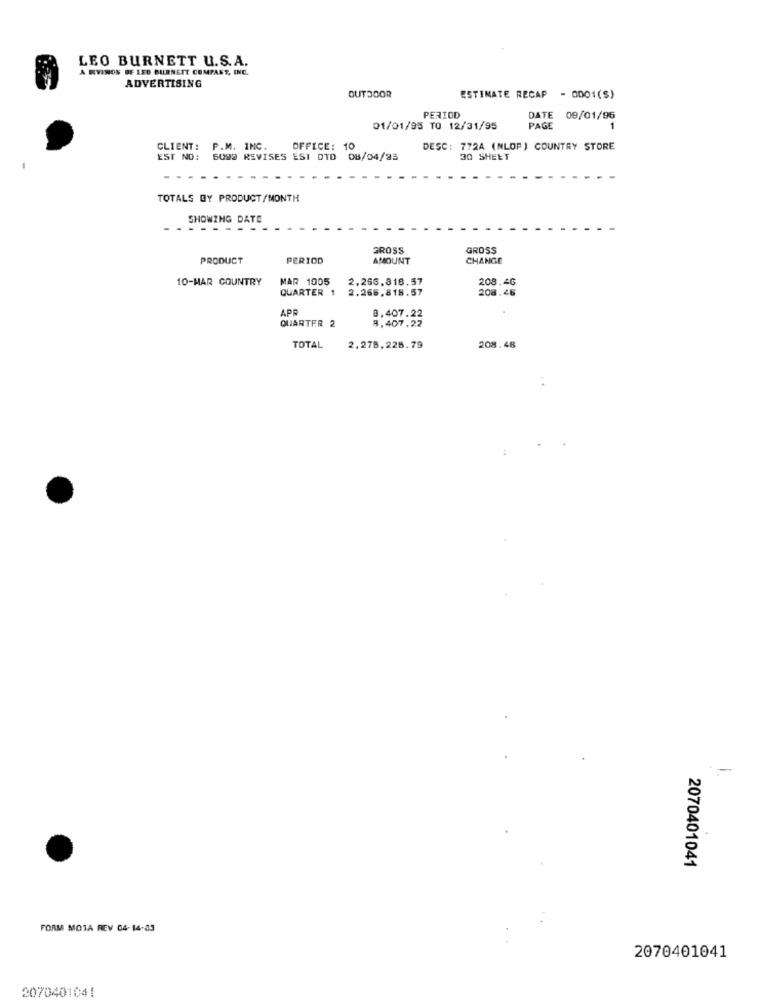
LEO BURNETT U.S.A.
A KVINON DE 150 BURNETT COMPANY, INC.
ADVERTISING
OUTDOOR
ESTIMATE RECAP
- 0001(S)
PERIOD
E 09/01/96
01/01/95 TO 12/31/95
PAGE
CLIENT:
P.M.
INC
OFFICE:
10
DESC: 772A (NLOP ) COUNTRY STORE
EST NO:
5099 REVISES EST DID
08/04/85
30 SHEET
TOTALS BY PRODUCT/MONTH
SHOWING DATE
GROSS
GROSS
PRODUCT
PERIOD
AMOUNT
CHANGE
10-MAR COUNTRY
MAR 1005
2.266.818.57
2.265.818.57
208.46
208.46
QUARTER 1
APR
QUARTER 2
0,407.22
8,407.22
TOTAL 2.275,225.79
208.48
-
2070401041
FORM MOTA REV 04-14-83
2070401041
2070401041